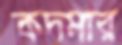
কদমার